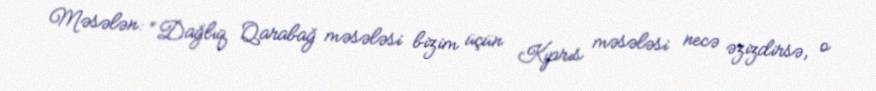
Məsələn: “Dağlıq Qarabağ məsələsi bizim üçün Kıprıs məsələsi necə əzizdirsə, o